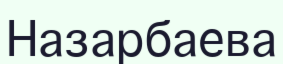
Назарбаева